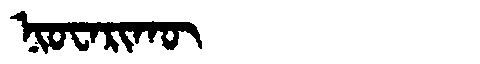
Manchu: ᠨᡳᠣᠸᠠᡵᡳᡴᡡ
Romanization: NIOWARIKŪ